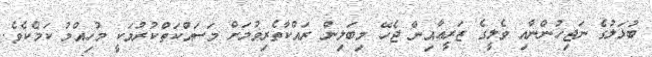
ބުޅަލުގެ ނަޖިހުންނާއި ވެލީގެ ޒަރީޢާއިން ޖެހޭ މިބަލިން ރައްކާތެރިވުމަށް މަސައްކަތްކުރުމަކީ މުހިއްމު ކަމެކެވެ.